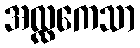
အလ္လကေသာ